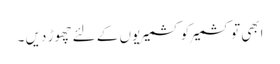
ابھی تو کشمیر کو کشمیریوں کے لئے چھوڑ دیں ۔